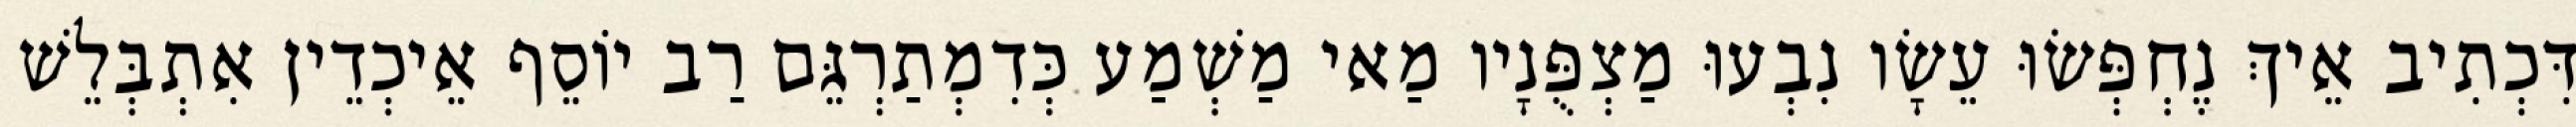
דִּכְתִיב אֵיךְ נֶחְפְּשׂוּ עֵשָׂו נִבְעוּ מַצְפֻּנָיו מַאי מַשְׁמַע כְּדִמְתַרְגֵּם רַב יוֹסֵף אֵיכְדֵין אִתְבְּלֵשׁ